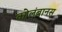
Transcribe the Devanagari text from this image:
कोलंबानस